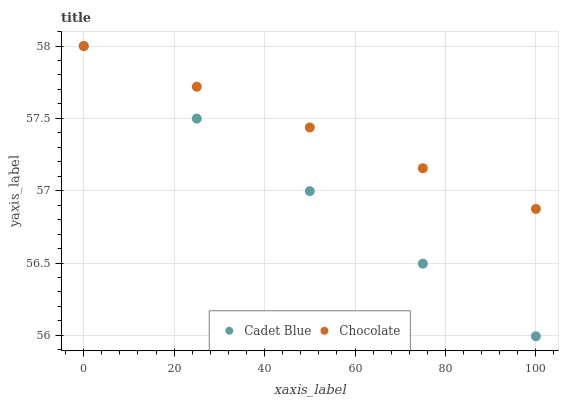
| xaxis_label | Cadet Blue | Chocolate |
 | --- | --- | --- |
 | 0 | 58 | 58 |
 | 25 | 57.5 | 57.7 |
 | 50 | 57 | 57.4 |
 | 75 | 56.5 | 57.2 |
 | 100 | 56 | 56.9 |